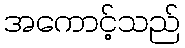
အကောင့်သည်